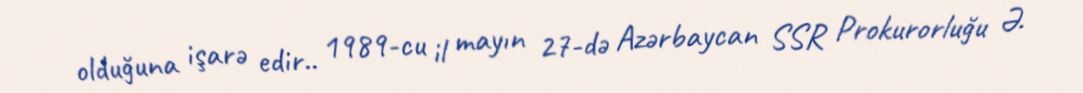
olduğuna işarə edir.. 1989-cu il mayın 27-də Azərbaycan SSR Prokurorluğu Ə.